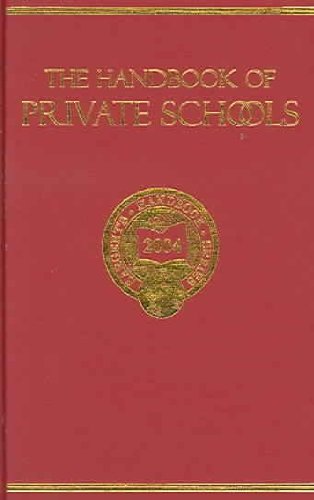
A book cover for Handbook of Private Schools; Test Preparation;